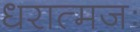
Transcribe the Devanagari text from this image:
धरात्मजः